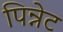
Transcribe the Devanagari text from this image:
पिन्नेट